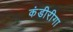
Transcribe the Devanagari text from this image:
कंडीरीगा